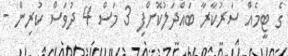
ގެ ޓީމެއް ސަރުކާރާ ބައްދަލުކޮށްފި 3 މަސް 4 ދުވަސް ކުރިން -